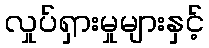
လှုပ်ရှားမှုများနှင့်